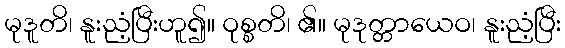
မုဒူတိ၊ နူးညံ့ပြီးဟူ၍။ ဝုစ္စတိ၊ ၏။ မုဒုတ္တာယေဝ၊ နူးညံ့ပြီး